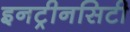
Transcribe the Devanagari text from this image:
इनट्रीनसिटी